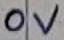
Text: 0V